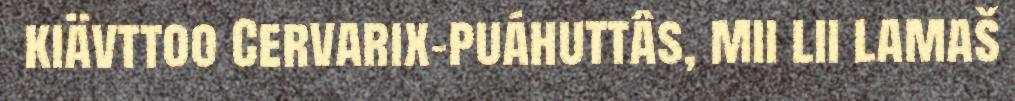
kiävttoo Cervarix-puáhuttâs, mii lii lamaš